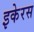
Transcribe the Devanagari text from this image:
इकेरस